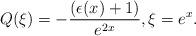
LaTeX: \begin{align*} Q(\xi) = -\frac{(\epsilon(x) +1)}{e^{2x}}, \xi = e^x.\end{align*}